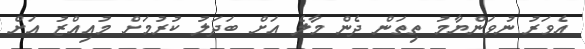
އެވަރު ނުވަންޔާމު ތިތަން ދެން މާލެ އަށް ބަދަލު ކުރުމަށް މުއިއްޒު އަށް